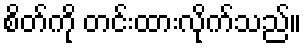
စိတ်ကို တင်းထားလိုက်သည်။